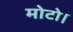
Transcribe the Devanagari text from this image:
मोटो।